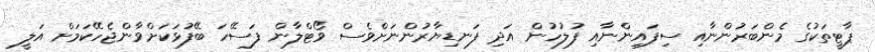
ޕާޓީތަކުގެ މެންބަރުންނާއި ސިފައިންނާއި ފުލުހުން އަދި ފަނޑިޔާރުންނަށްވެސް ވޯޓްލާން ފަސޭހަ ބޭފުޅަކަށްވާންޖެހޭކަމަށް އަލީ